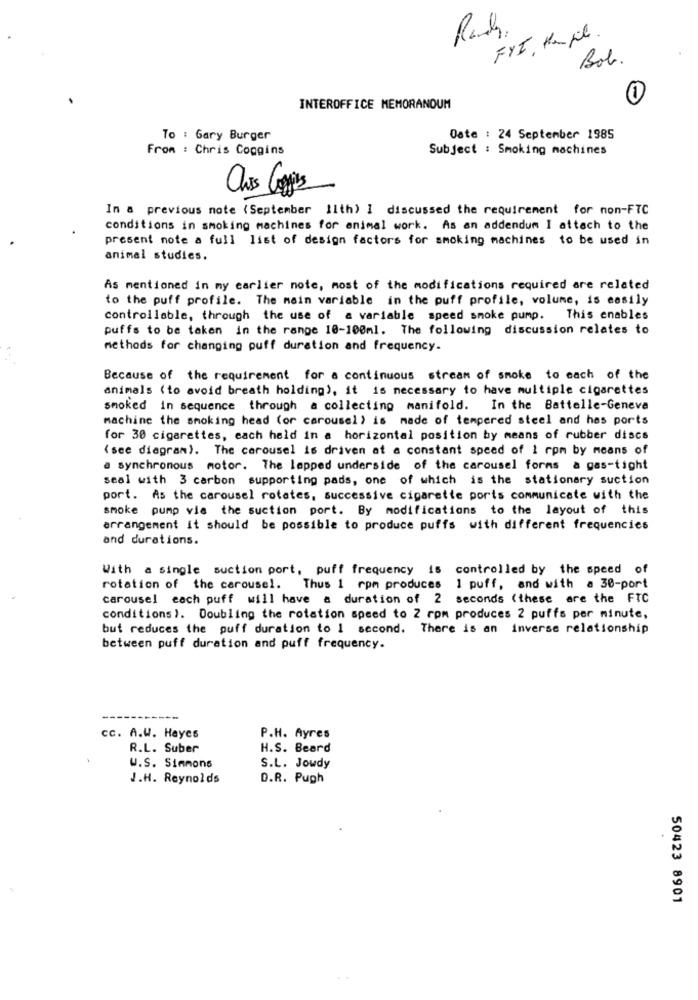
FYI, Hamile.
Bob.
0
INTEROFFICE MEMORANDUM
To : Gary Burger
Date : 24 September 1985
From : Chris Coggins
Subject : Smoking machines
In a previous note (September 11th) I discussed the requirement for non-FTC
conditions in smoking machines for animal work. As an addendum I attach to the
present note a full list of design factors for smoking machines to be used in
animal studies.
As mentioned in my earlier note, most of the modifications required are related
to the puff profile. The main variable in the puff profile, volume, is easily
controllable, through the use of a variable speed smoke pump. This enables
puffs to be taken in the range 10-100ml. The following discussion relates to
methods for changing puff duration and frequency.
Because of the requirement for a continuous stream of smoke to each of the
animals (to avoid breath holding), it is necessary to have multiple cigarettes
smoked in sequence through a collecting manifold. In the Battelle-Geneva
machine the smoking head (or carousel ) is made of tempered steel and has ports
for 30 cigarettes, each held in a horizontal position by means of rubber discs
(see diagram). The carousel is driven at a constant speed of 1 rpm by means of
a synchronous motor. The lepped underside of the carousel forms a gas-tight
seal with 3 carbon supporting pads, one of which is the stationary suction
port. As the carousel rotates, successive cigarette ports communicate with the
smoke pump via the suction port. By modifications to the layout of this
arrangement it should be possible to produce puffs with different frequencies
and durations.
With a single suction port, puff frequency is controlled by the speed of
rotation of the carousel. Thus 1 rpm produces 1 puff, and with a 30-port
carousel each puff will have a duration of 2 seconds (these are the FTC
conditions). Doubling the rotation speed to 2 rom produces 2 puffs per minute,
but reduces the puff duration to 1 second. There is an inverse relationship
between puff duration and puff frequency.
cc. A.W. Hayes
P.H. Ayres
R.L. Suber
H.S. Beard
W.S. Simmons
S.L. Jowdy
J.H. Reynolds
D.R. Pugh
50423 8901